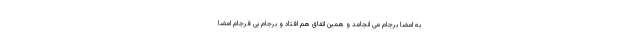
به امضا برجام می انجامد و همین اتفاق هم افتاد و برجام بی فرجام امضا